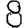
Digit: 8